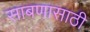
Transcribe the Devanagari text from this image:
साबणासाठी